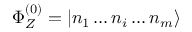
\Phi _ { Z } ^ { ( 0 ) } = | n _ { 1 } \dots n _ { i } \dots n _ { m } \rangle